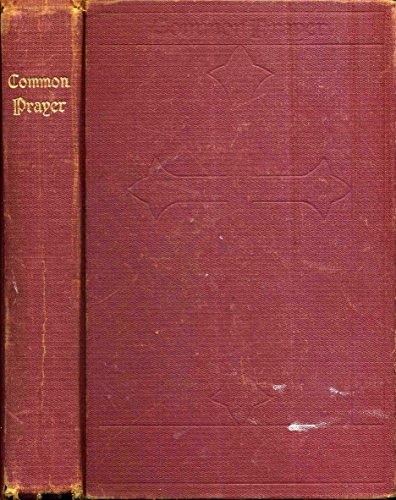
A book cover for The Book of Common Prayer and Administration of the Sacraments and Other Rites and Ceremonies of the Church; Protestant Episcopal Church; Christian Books & Bibles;